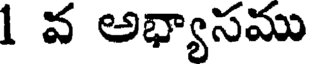
1 వ అభ్యాసము